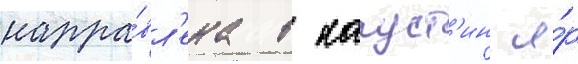
напра́вл'ена в капуст'ин я́р